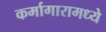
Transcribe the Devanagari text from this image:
कर्मागारामध्ये